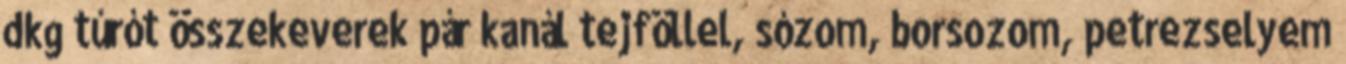
dkg túrót összekeverek pár kanál tejföllel, sózom, borsozom, petrezselyem